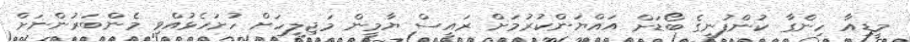
މީޑިއާ ހިންގާ ކުންފުނީގެ ބޯޑަށް އައްޔަންކުރުމަށް ރައީސް ޔާމީން މަޖިލީހަށް ހުށަހެޅުއްވި މެންބަރުންނަށް